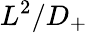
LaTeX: L^{2}/D_{+}